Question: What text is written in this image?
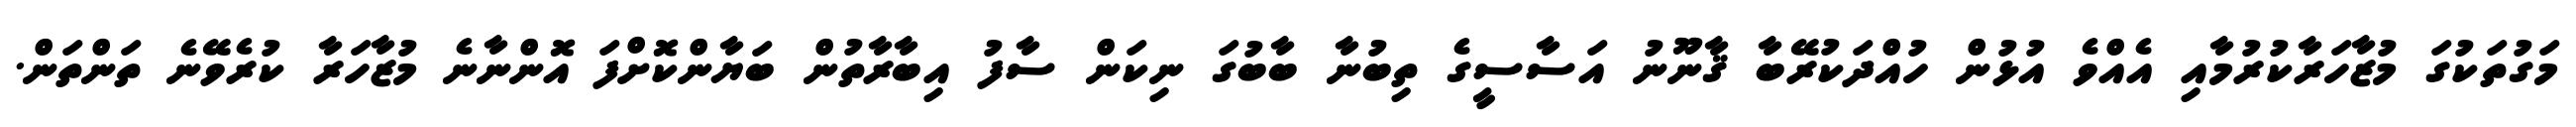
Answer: މަގުތަކުގަ މުޒާހަރާކުރުމާއި އެއްވެ އުޅުން ހުއްދަކުރޭބާ ޤާނޫނު އަސާސީގެ ތިބުނާ ބާބުގަ ނިކަން ސާފު އިބާރާތުން ބަޔާންކޮށްފަ އޮންނާނެ މުޒާހަރާ ކުރެވޭނެ ތަންތަން.